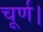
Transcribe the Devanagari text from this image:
चूर्ण।